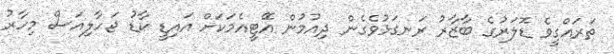
ތަރައްގީވެ ޑޮލަރުގެ ބާޒާރު ރަނގަޅުވެގެން ދިއުމުން އޭޓީއެމަކަށް އައިޑީ ކާޑު ޖަހާލިއަސް މިހާރު